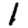
Digit: 1